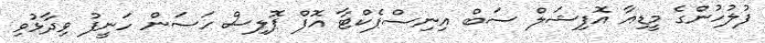
ފުލުހުންގެ މީޑިއާ އޮފިޝަލް ސަބް އިނިސްޕެކްޓާ އޮފް ޕޮލިސް ހަސަން ހަނީފު ވިދާޅުވި